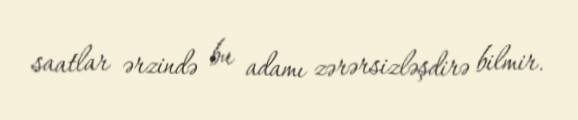
saatlar ərzində bu adamı zərərsizləşdirə bilmir.